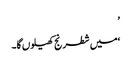
’
‘میں شطرنج کھیلوں گا۔